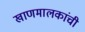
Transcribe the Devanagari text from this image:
खाणमालकांची